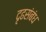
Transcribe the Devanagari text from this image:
दृढसंबंध